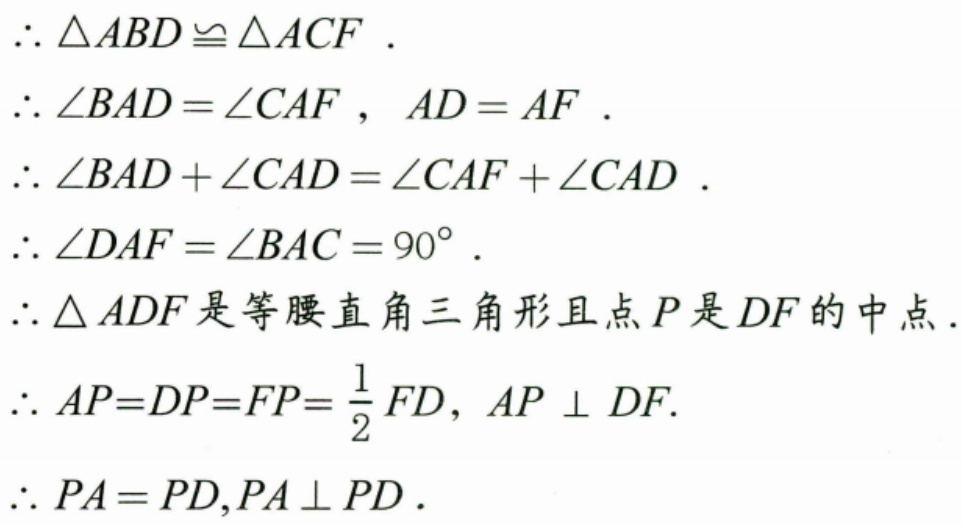
\(\therefore\triangle ABD\cong\triangle ACF\).
\(\therefore\angle BAD=\angle CAF\), \(AD = AF\).
\(\therefore\angle BAD+\angle CAD=\angle CAF+\angle CAD\).
\(\therefore\angle DAF=\angle BAC = 90^{\circ}\).
\(\therefore\triangle ADF\) 是等腰直角三角形且点 \(P\) 是 \(DF\) 的中点.
\(\therefore AP = DP=FP=\frac{1}{2}FD\), \(AP\perp DF\).
\(\therefore PA = PD,PA\perp PD\).